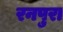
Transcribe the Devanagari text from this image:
रनपुरा